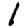
Digit: 1